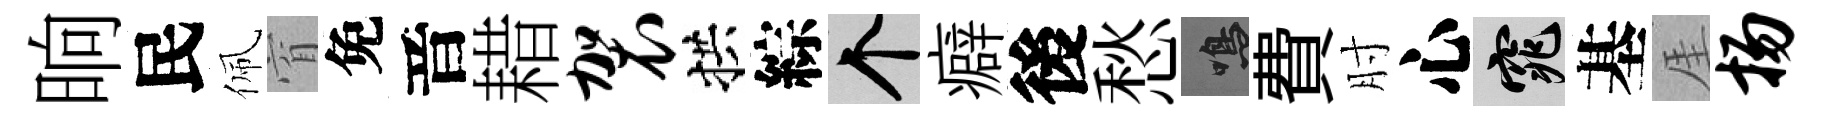
晌民佩窅免音耤袈拱綜个癖後愁鳴費肘心窕基厓扬